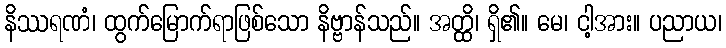
နိဿရဏံ၊ ထွက်မြောက်ရာဖြစ်သော နိဗ္ဗာန်သည်။ အတ္ထိ၊ ရှိ၏။ မေ၊ ငါ့အား။ ပညာယ၊